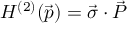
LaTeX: H ^ { ( 2 ) } ( \vec { p } ) = \vec { \sigma } \cdot \vec { P }